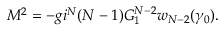
M ^ { 2 } = - g i ^ { N } ( N - 1 ) G _ { 1 } ^ { N - 2 } w _ { N - 2 } ( \gamma _ { 0 } ) .